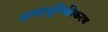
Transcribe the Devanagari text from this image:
अत्याधुनिकीकरण